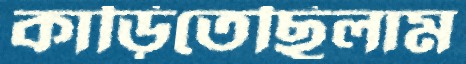
কাড়িতেছিলাম